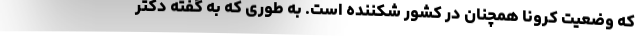
که وضعیت کرونا همچنان در کشور شکننده است. به طوری که به گفته دکتر